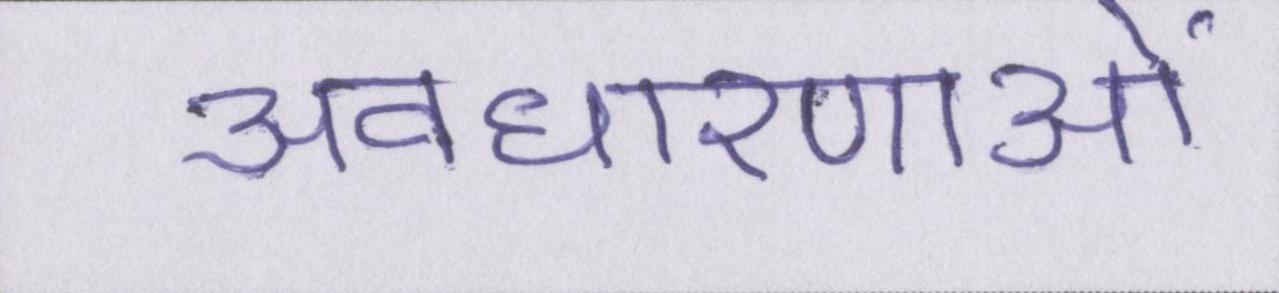
अवधारणाओं